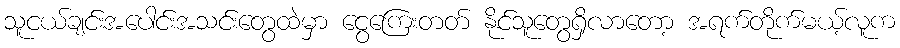
သူငယ်ချင်းအပေါင်းအသင်းတွေထဲမှာ ငွေကြေးတတ် နိုင်သူတွေရှိလာတော့ အရက်တိုက်မယ့်လူက